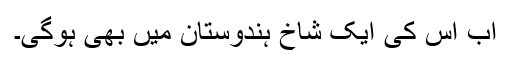
اب اس کی ایک شاخ ہندوستان میں بھی ہوگی۔